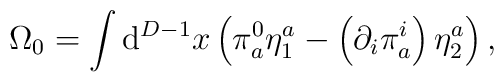
\Omega _{0}=\int \mathrm{d}^{D-1}x\left( \pi _{a}^{0}\eta _{1}^{a}-\left(\partial _{i}\pi _{a}^{i}\right) \eta _{2}^{a}\right) ,